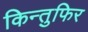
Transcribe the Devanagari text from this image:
किन्तुफिर